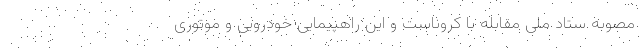
مصوبه ستاد ملی مقابله با کروناست و این راهپیمایی خودرویی و موتوری